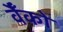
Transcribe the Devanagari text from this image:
वैँको